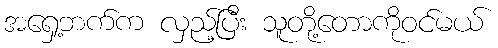
အရှေ့ဘက်က လှည့်ပြီး သူတို့တောကိုဝင်မယ်